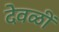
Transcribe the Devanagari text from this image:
देवळीं